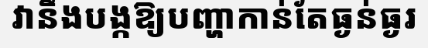
វានឹងបង្កឱ្យបញ្ហាកាន់តែធ្ងន់ធ្ងរ